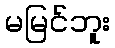
မမြင်ဘူး